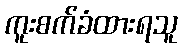
ကူးစက်ခံထားရသူ